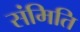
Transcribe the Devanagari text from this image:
संमिति